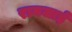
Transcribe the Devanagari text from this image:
रानजाई